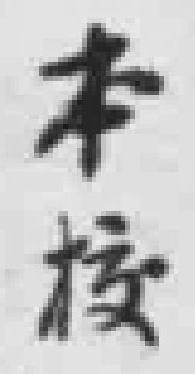
本校